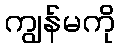
ကျွန်မကို